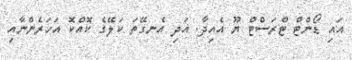
އައި ޑޯންޓް ޓްރަސްޓް ޔޫ އެއިދާ. އަދި އެނގޭތަ ކަލޭގެ ކޮއްކޮ އަހަރެންނާއި